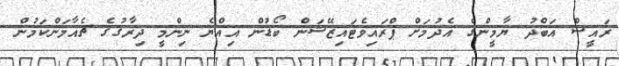
ރައީސް އަބްދު ޔާމީންގެ އެދުމަށް ޕްރައިވެޓައިޒޭޝަން ބޯޑުން އިއްޔެ ނިންމީ ދިރާގުގެ ޗެއާމަންކަމުން